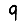
Digit: 9